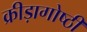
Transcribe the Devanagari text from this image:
क्रीड़ागोष्ठी